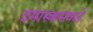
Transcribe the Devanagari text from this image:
दमास्कसकडे